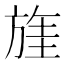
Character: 𱡶